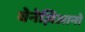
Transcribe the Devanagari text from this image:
वेनेज़िआनो